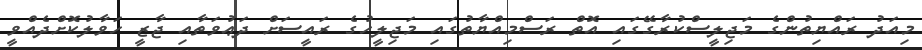
މިއަދު ރައްޔިތުންގެ މަޖިލީސްކުރާގޭގައި އޮތް ރަސްމިއްޔާތުގައި މަޖިލީހުގެ ރައީސަށް ދަޢުވަތާއި ޖާޒީ ހަވާލުކޮށްދެއްވީ